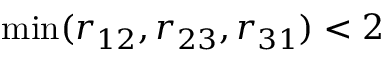
\operatorname* { m i n } ( r _ { 1 2 } , r _ { 2 3 } , r _ { 3 1 } ) < 2